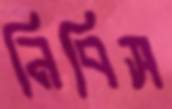
নিবিস